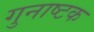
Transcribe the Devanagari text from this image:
गुनाष्टक